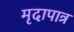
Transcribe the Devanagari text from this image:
मृदापात्र